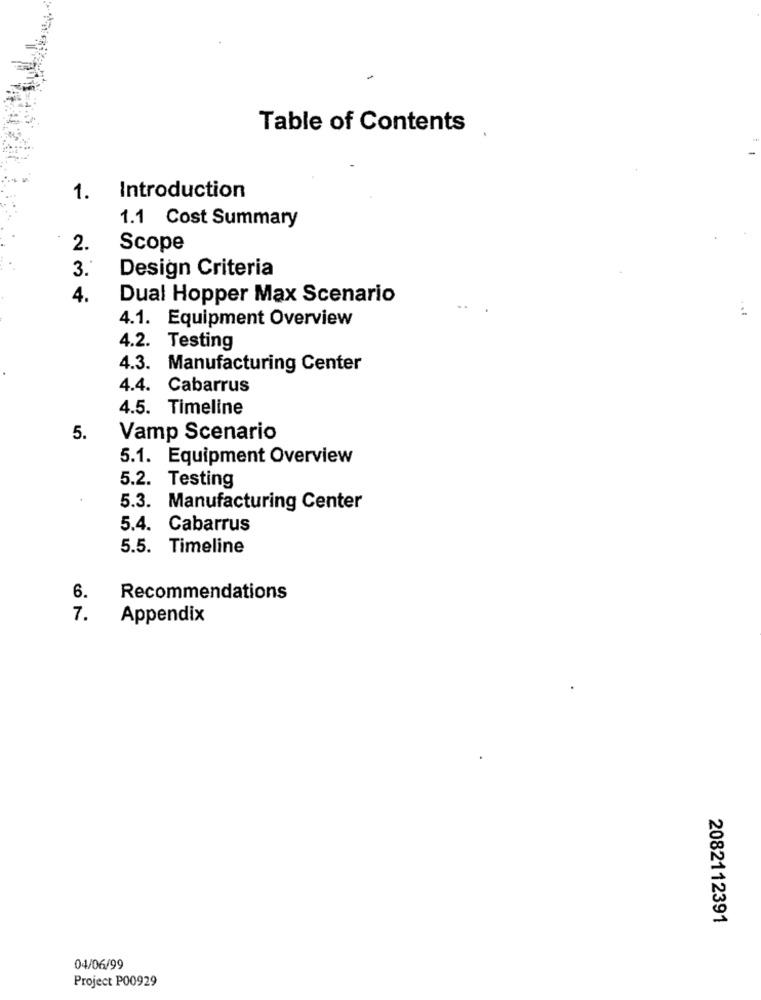
Table of Contents
1.
Introduction
1.1 Cost Summary
2.
Scope
3.
Design Criteria
4.
Dual Hopper Max Scenario
4.1. Equipment Overview
...
4.2. Testing
4.3. Manufacturing Center
4.4. Cabarrus
4.5. Timeline
5.
Vamp Scenario
5.1. Equipment Overview
5.2. Testing
5.3. Manufacturing Center
5.4. Cabarrus
5.5. Timeline
6.
Recommendations
7.
Appendix
2082112391
04/06/99
Project P00929